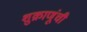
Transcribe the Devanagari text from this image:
शुक्राणूंची